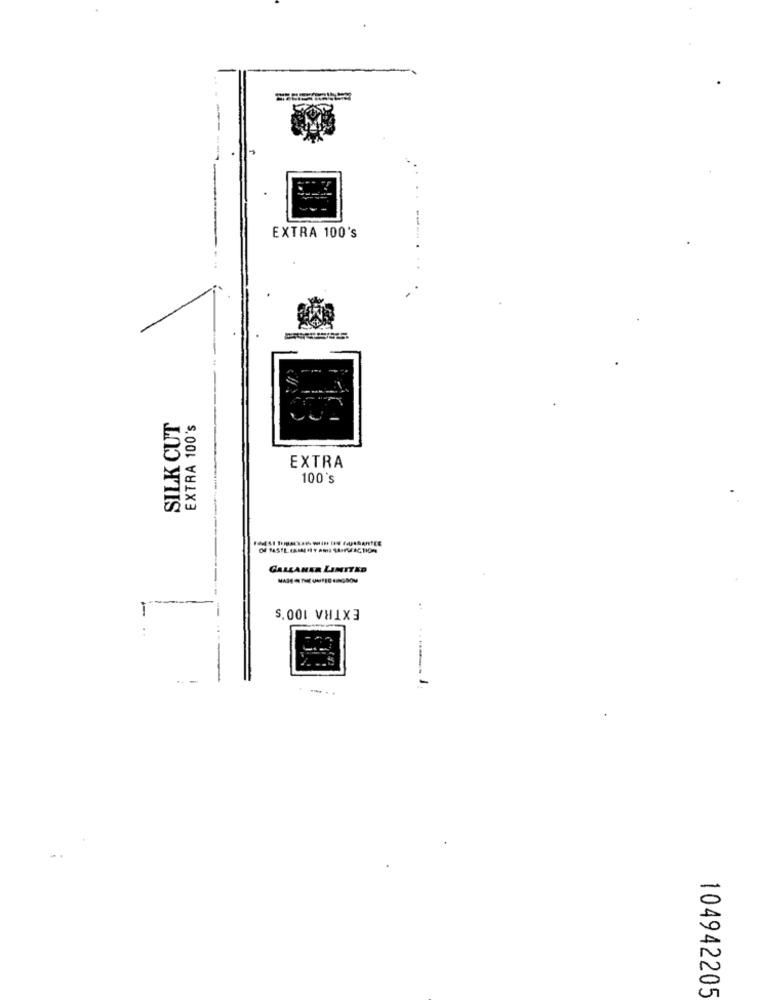
EXTRA 100's
SILK CUT
EXTRA 100's
EXTRA
100's
GALLAHER LIMITED
EXTRA 100's
-
---
-. . .
104942205